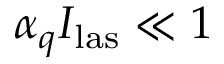
\alpha _ { q } I _ { \mathrm { l a s } } \ll 1